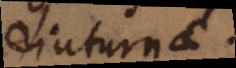
diuturnae.